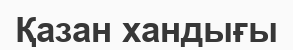
Қазан хандығы